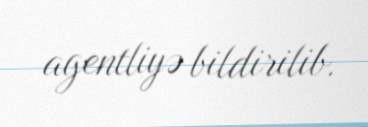
agentliyə bildirilib.